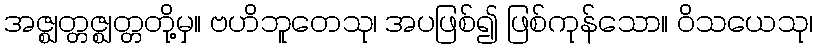
အဇ္ဈတ္တဇ္ဈတ္တတို့မှ။ ဗဟိဘူတေသု၊ အပဖြစ်၍ ဖြစ်ကုန်သော။ ဝိသယေသု၊